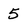
Character: 5